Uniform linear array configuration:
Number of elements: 8
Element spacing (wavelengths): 0.75
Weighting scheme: cosine
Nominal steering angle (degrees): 45
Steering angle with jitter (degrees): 43.529
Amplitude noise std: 0.05
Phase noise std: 0.05

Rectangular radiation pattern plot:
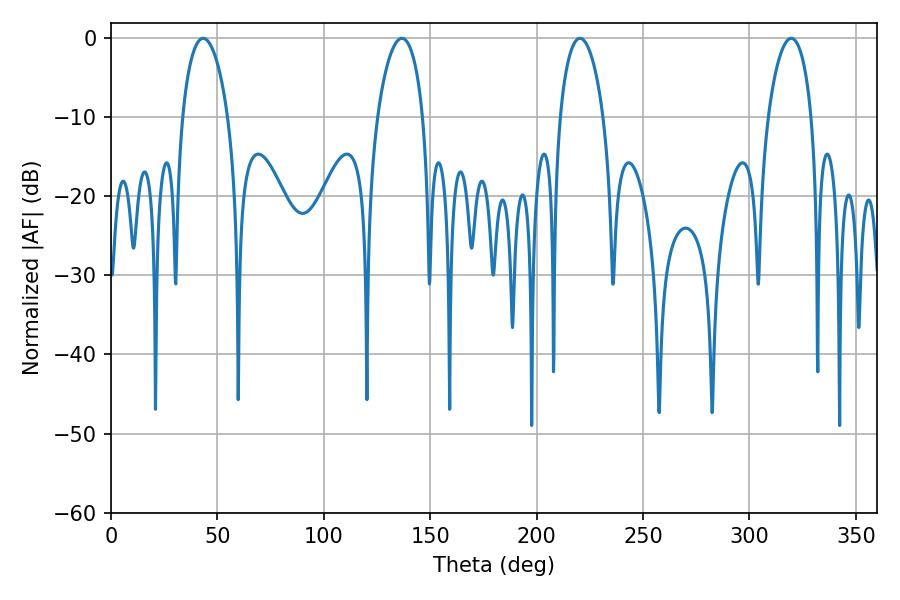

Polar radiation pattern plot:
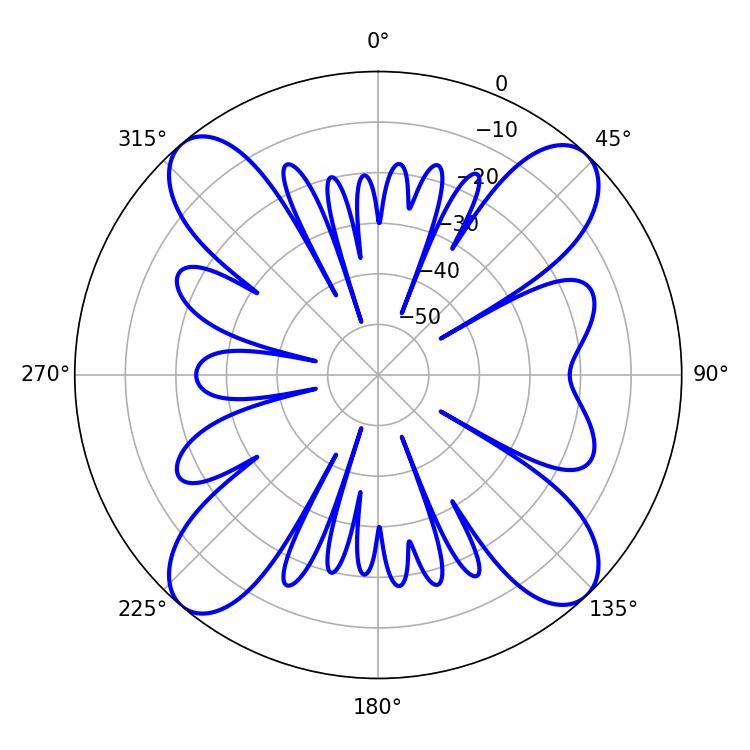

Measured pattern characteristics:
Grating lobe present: TRUE
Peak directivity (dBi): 17.028
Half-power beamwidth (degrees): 11.7
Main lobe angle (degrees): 220.32